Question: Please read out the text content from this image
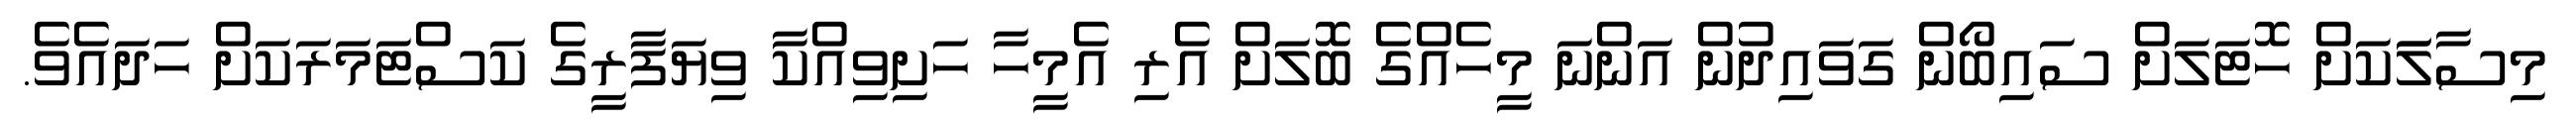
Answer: މިސާލަަކަށް ހޮޓަލަށް ސައިބޯން ގަވައިދުން އަންނަ މީހެއްގެ ބޮލަށް އެރި އެމީހާ ހަށިވިއްކާ ވިޔަފާރީގެ ކަސްޓަމަރަކަށް ހަދައެވެ.